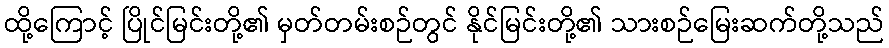
ထို့ကြောင့် ပြိုင်မြင်းတို့၏ မှတ်တမ်းစဉ်တွင် နိုင်မြင်းတို့၏ သားစဉ်မြေးဆက်တို့သည်